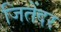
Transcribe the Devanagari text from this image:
जितेंदर